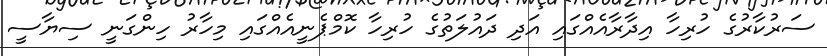
ސަރުކާރުގެ ހުރިހާ އިދާރާއެއްގައި އަދި ދައުލަތުގެ ހުރިހާ ކޮމްޕެނީއެއްގައި މިހާރު ހިންގަނީ ސިޔާސީ